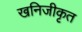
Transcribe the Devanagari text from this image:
खनिजीकृत